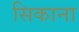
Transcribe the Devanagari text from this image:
सिकाना